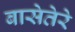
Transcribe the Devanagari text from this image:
बासेतेरे